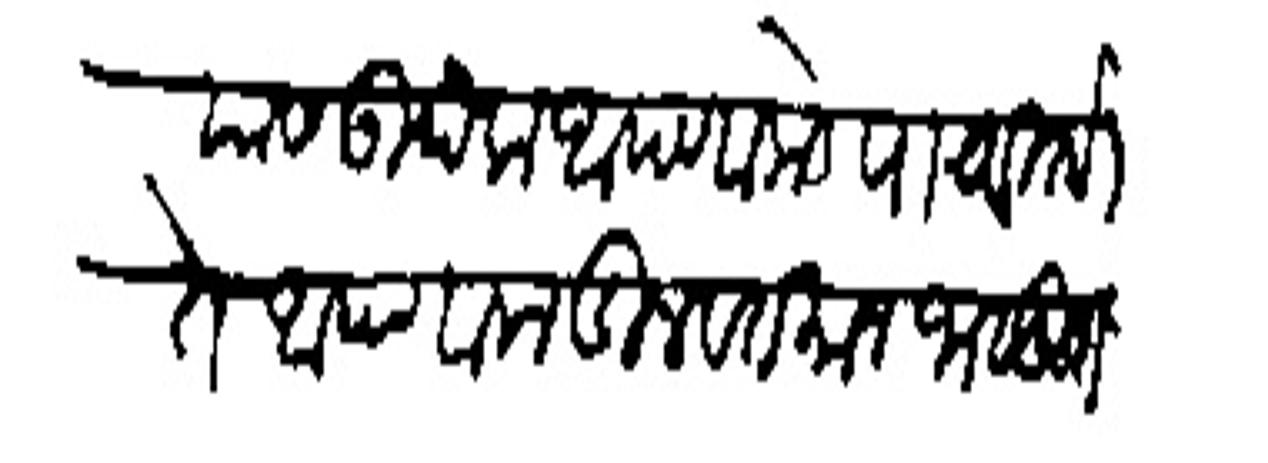
Transliteration (Devanagari): यास उर्बक आपणाकडे पाठवितो ते आपणाकडील वतंमान जासुदा